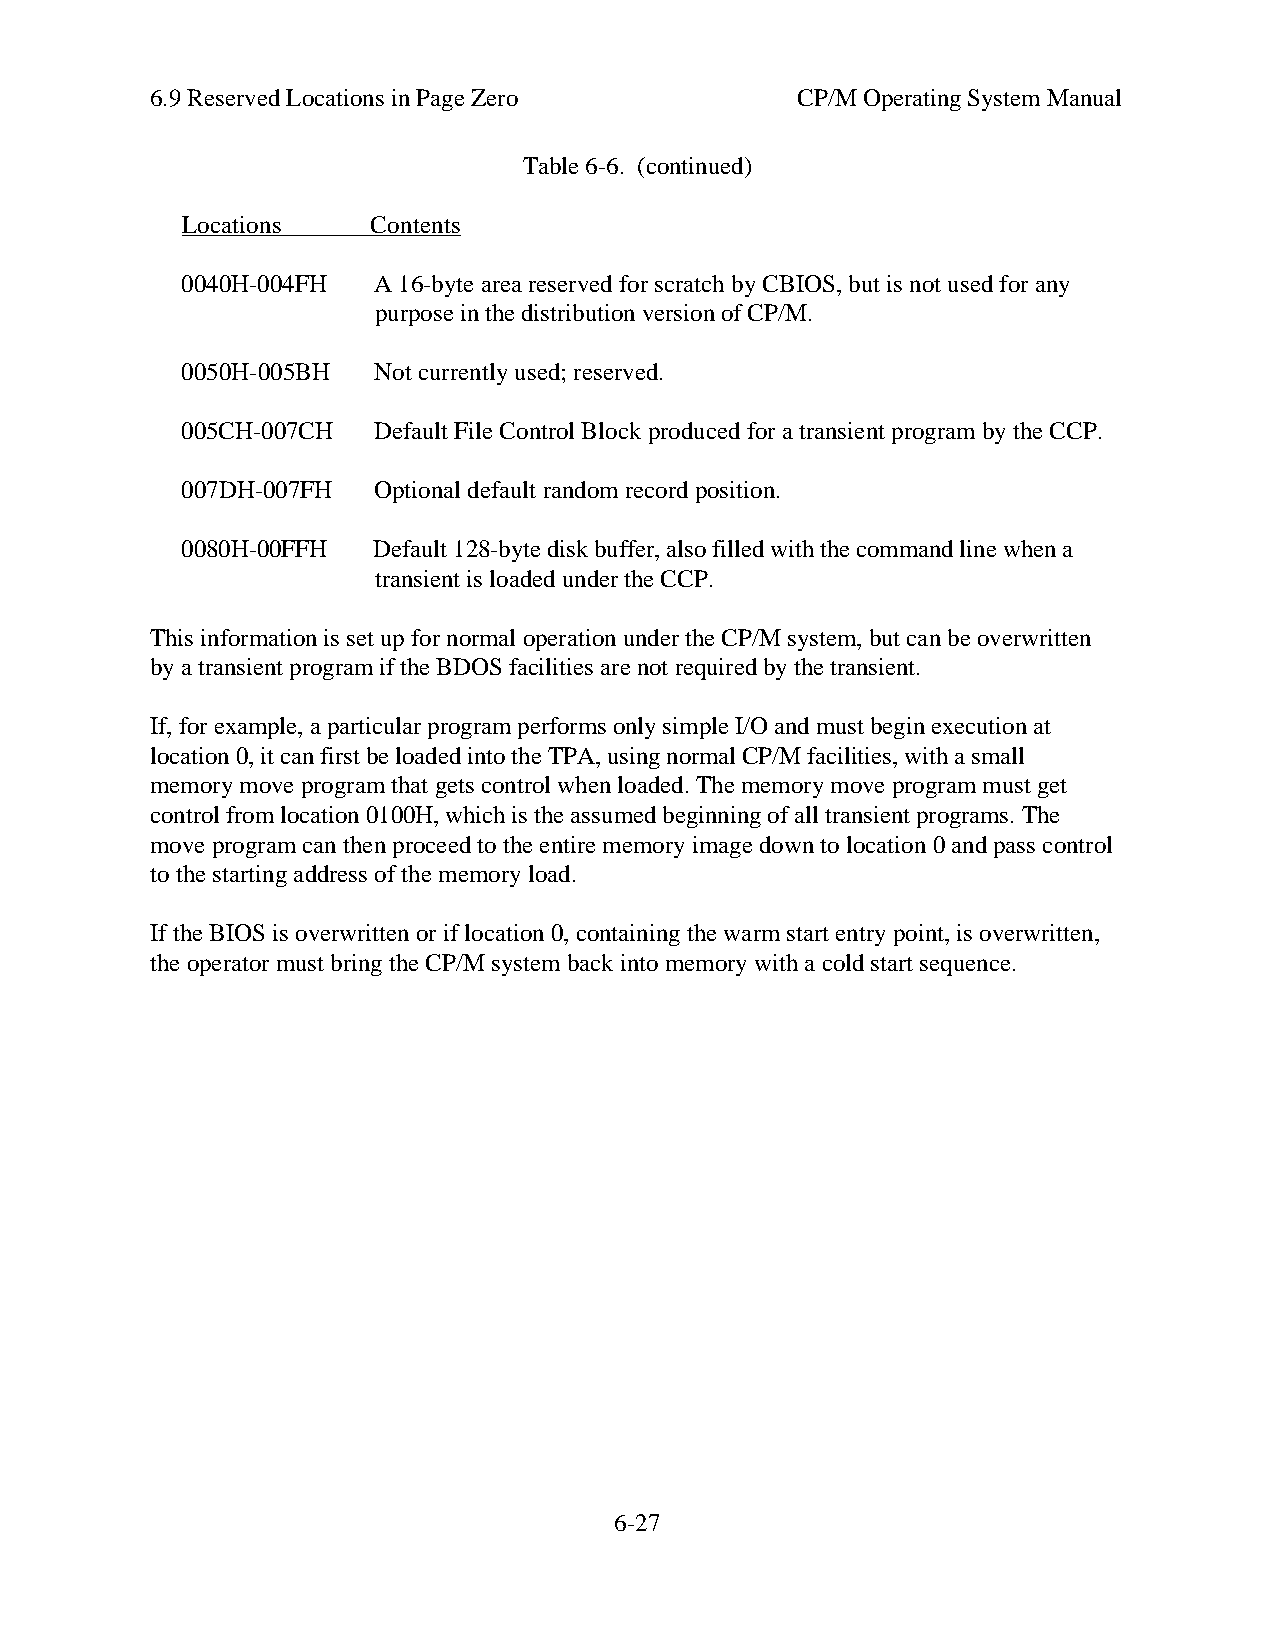
6.9 Reserved Locations in Page Zero        CP/M Operating System Manual
 Table 6-6. (continued)
 Locations    Contents
 0040H-004FH  A 16-byte area reserved for scratch by CBIOS, but is not used for any
 purpose in the distribution version of CP/M.
 0050H-005BH  Not currently used; reserved.
 005CH-007CH  Default File Control Block produced for a transient program by the CCP.
 007DH-007FH  Optional default random record position.
 0080H-00FFH  Default 128-byte disk buffer, also filled with the command line when a
 transient is loaded under the CCP.
 This information is set up for normal operation under the CP/M system, but can be overwritten
 by a transient program if the BDOS facilities are not required by the transient.
 If, for example, a particular program performs only simple I/O and must begin execution at
 location 0, it can first be loaded into the TPA, using normal CP/M facilities, with a small
 memory move program that gets control when loaded. The memory move program must get
 control from location 0100H, which is the assumed beginning of all transient programs. The
 move program can then proceed to the entire memory image down to location 0 and pass control
 to the starting address of the memory load.
 If the BIOS is overwritten or if location 0, containing the warm start entry point, is overwritten,
 the operator must bring the CP/M system back into memory with a cold start sequence.
 6-27